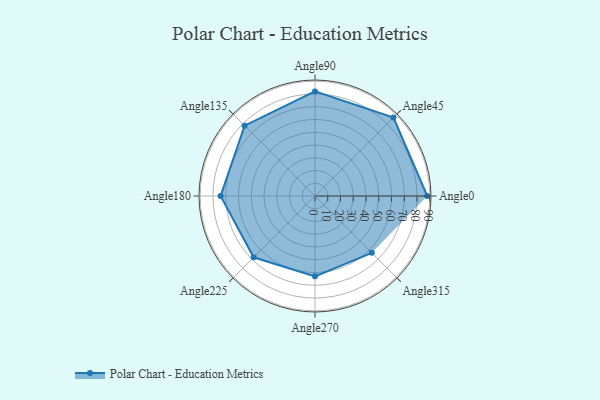
{"axis": {"x": "Angle", "y": "Radius"}, "legend": [""], "data": [{"x": "Angle0", "y": 88.0, "type": ""}, {"x": "Angle45", "y": 87.0, "type": ""}, {"x": "Angle90", "y": 82.0, "type": ""}, {"x": "Angle135", "y": 78.0, "type": ""}, {"x": "Angle180", "y": 74.0, "type": ""}, {"x": "Angle225", "y": 68.0, "type": ""}, {"x": "Angle270", "y": 63.0, "type": ""}, {"x": "Angle315", "y": 63.0, "type": ""}]}